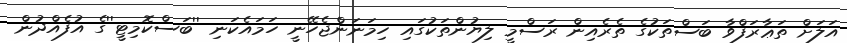
އަލަށް ތަޢާރަފްވާ ބަސްތަކުގެ ތެރެއިން ރަސްމީ ލިޔުންތަކުގައި ހިމަނަންޖެހޭނީ ހަމައެކަނި ''ބަސްކޮމިޓީ''ގެ އުފެއްދުން